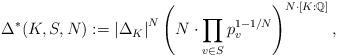
LaTeX: \begin{align*}\Delta^*(K,S,N) :=\left|\Delta_{K}\right|^N \left( N \cdot \prod_{v \in S}p_v^{1-1/N}\right)^{N\cdot [K:\mathbb{Q}]},\end{align*}